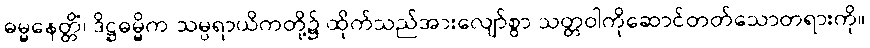
ဓမ္မနေတ္တိံ၊ ဒိဋ္ဌဓမ္မိက သမ္ပရာယိကတို့၌ ထိုက်သည်အားလျော်စွာ သတ္တဝါကိုဆောင်တတ်သောတရားကို။